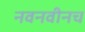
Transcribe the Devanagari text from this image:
नवनवीनच